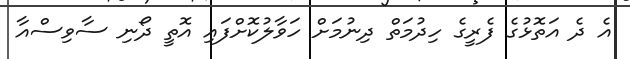
އެ ދެ އަތޮޅުގެ ފެެރީގެ ހިދުމަތް ދިނުމަށް ހަވާލުކޮށްފައި އޮތީ ދޯނި ސާވިސްއާ